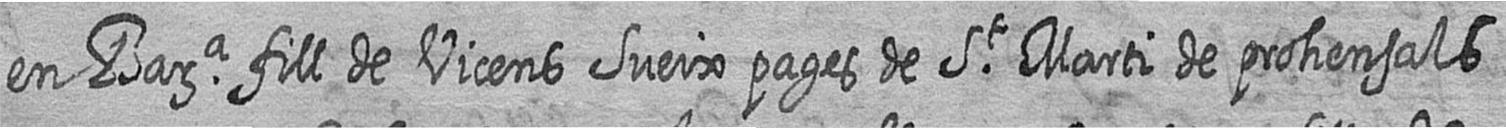
en Bara fill de Vicens Sueix pages de St Marti de prohensals